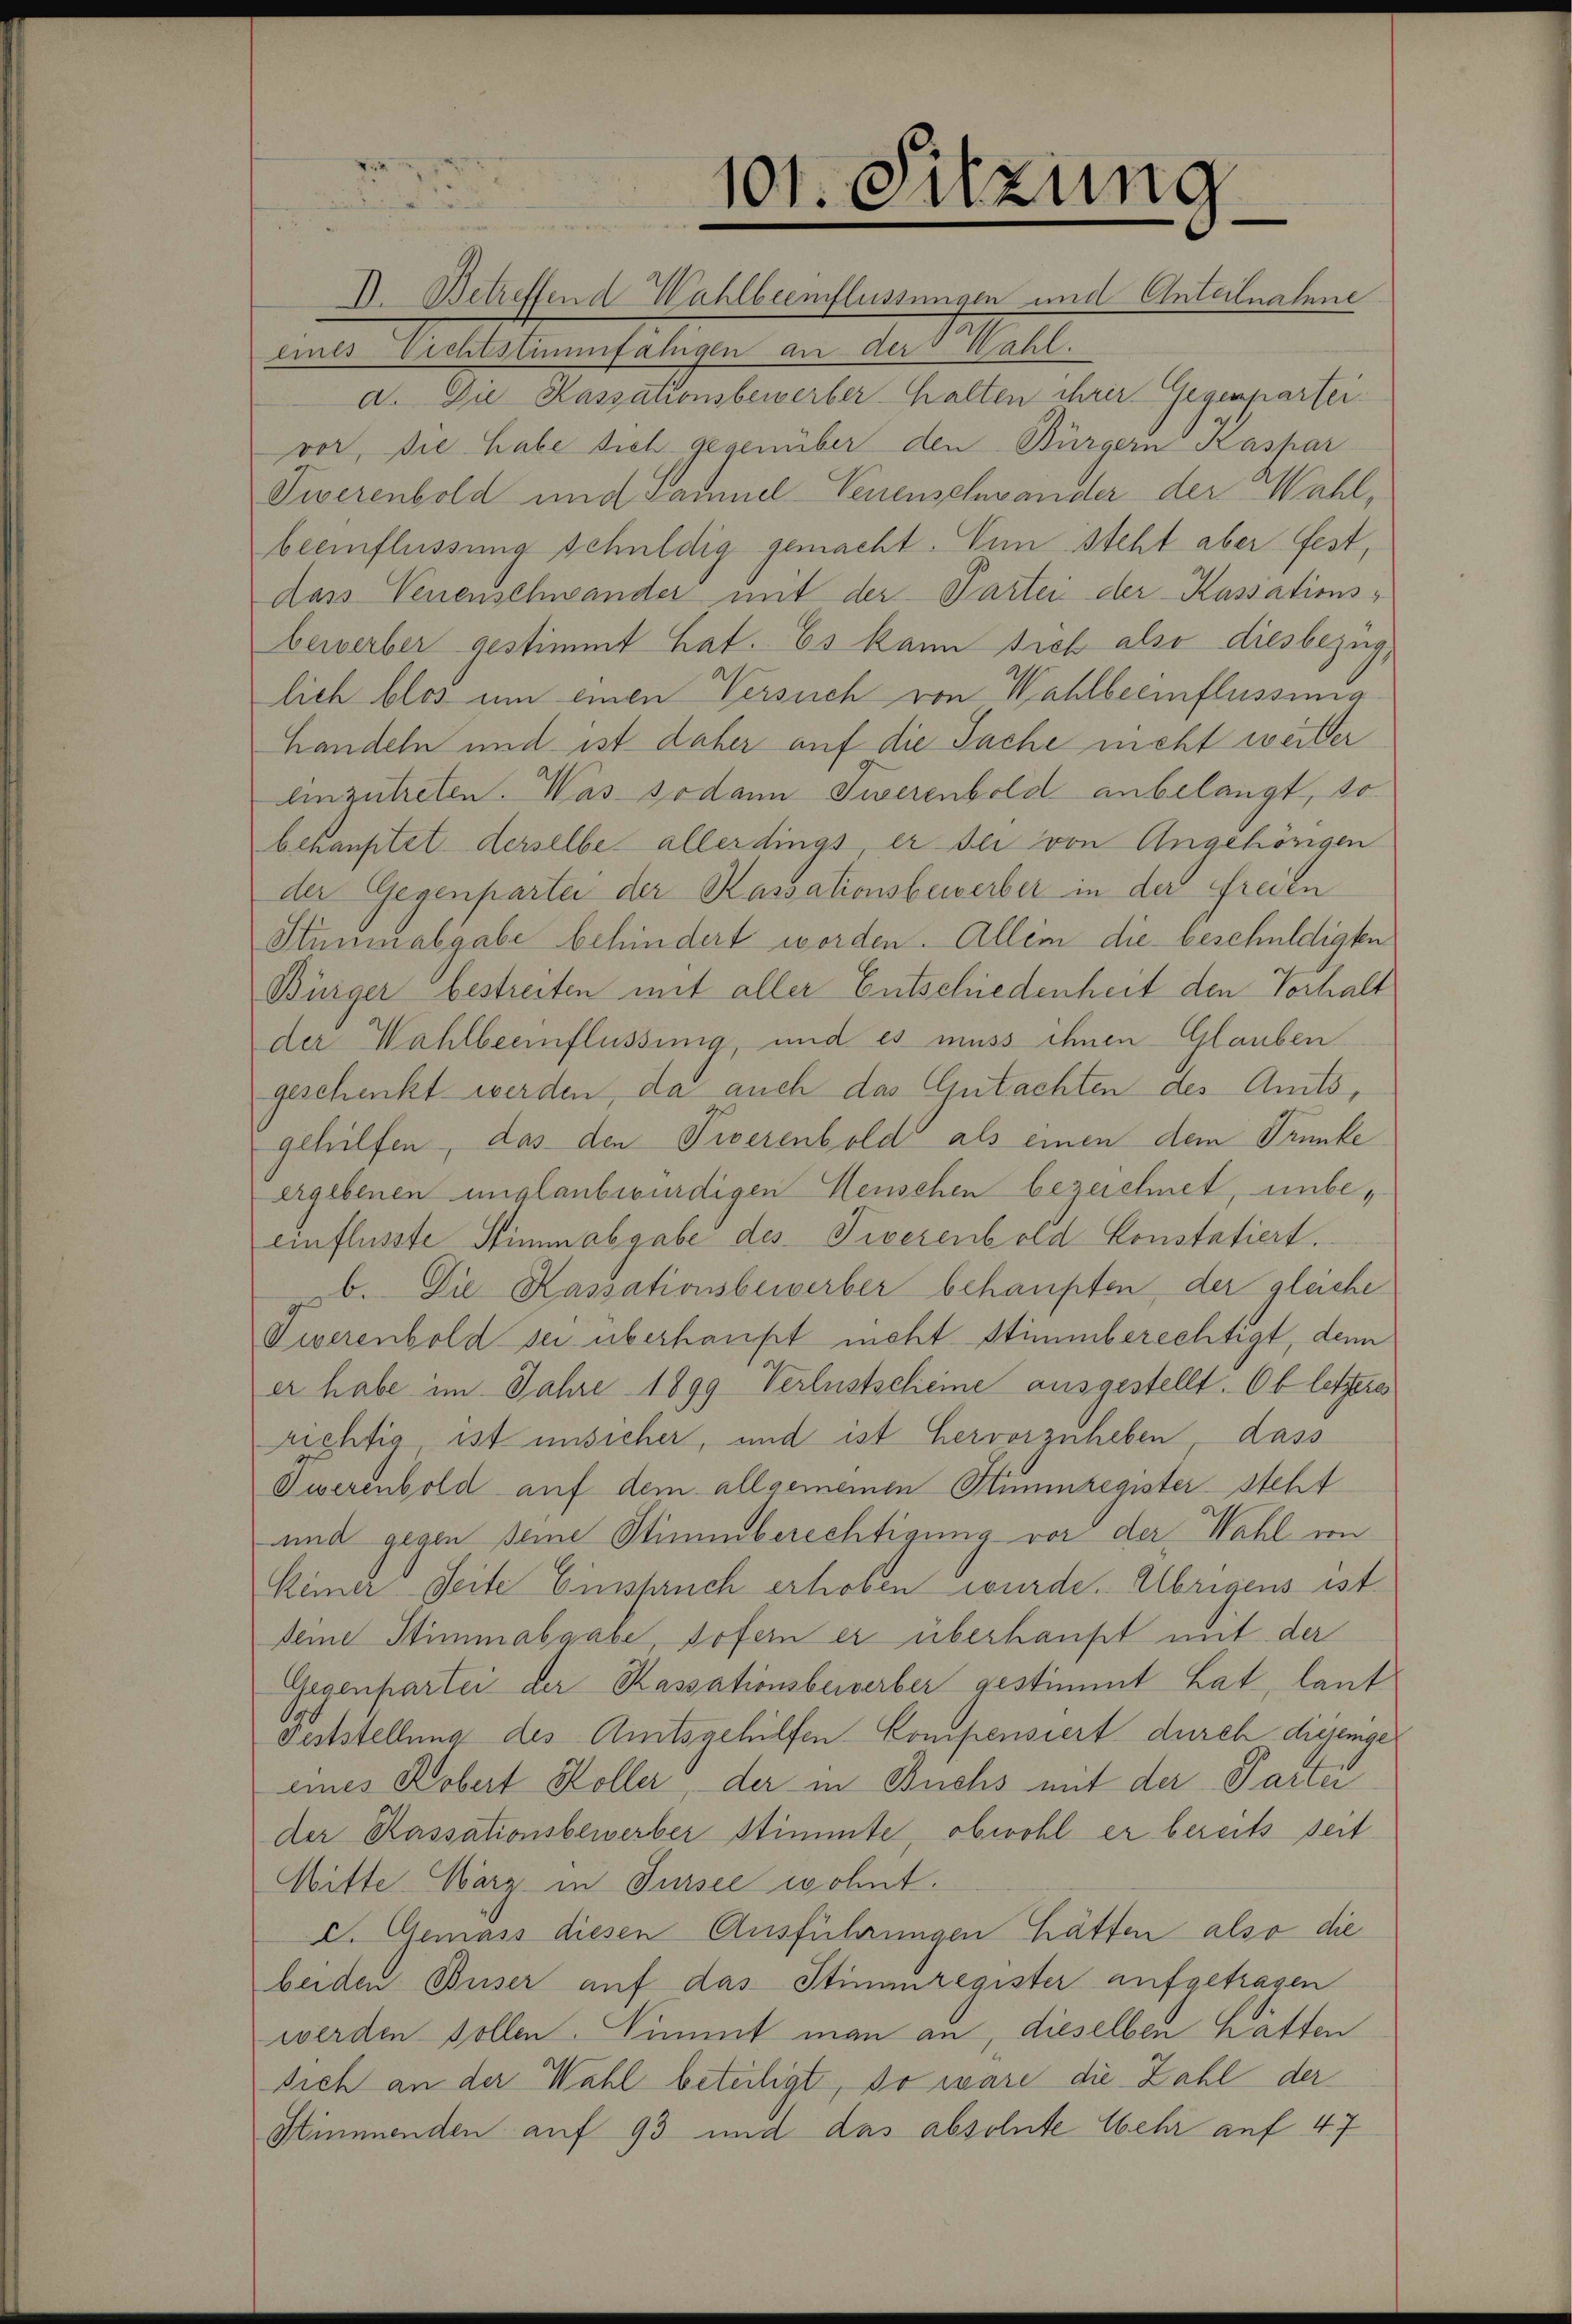
101. Sitzung
e
II. Betreffend Wahlbeeinflüssungen und Anteilnahme

eines Richtstimmfähigen an der Wahl
a. Die Kassationsbewerberhalten ihrer Gegenpartei-
vor, die habe sich gegenüber den Bürgern Kaspar
Tiverenbold und sammel Venenschander der Wahlbeeinflüssung schuldig gemacht. Nun steht aber fest,
dass Venenschwander mit der Partei der Kassationsbewerber gestimmt hat. Es kann sich also diesbezug,
lich blos um einen Versuch von Wahlbeeinflussung
Handeln und ist daher auf die Sache nicht weiter
Einzutreten. Was sodann Twerenbold anbelangt, so
behauptet, derselbe allerdings, er sei von Angehörigen
der Gegenpartei der Kassationsbewerber in der Freien
Stüminalgabe behindert worden. Allein die beschuldigten
Bürger bestreiten mit aller Entschiedenheit den Verhalt
der Wahlbeeinflüssung, und es muss ihnen Glauben
geschenkt werden, da auch das Gutachten des Amtsgehilfen, das den Tierenbold als einen dem Trunke
ergebenen unglaubwürdigen Menschen bezeichnet, unbeeinflusste Stimmabgabe des Tierenbold konstatiert.
b. Die Kassationsbewerber behaupten der gleiche
Tiverenbold sei überhaupt nicht Stimmberechtigt, denn
er habe im Jahre 1899 Verlustscheine ausgestellt. Ob letztere
richtig, ist unsicher, und ist hervorzuheben dass
Twerenbold auf dem allgemeinen Himmregister steht
und gegen seine Stimmberechtigung vor der Wahl von
Keiner Seite Einspruch erhoben wurde. Übrigens ist
Deine Stimmabgabe, sofern er überkauft mit der
Gegenpartei der Kassationsbeiverber gestimmt hat, laut
Feststellung des Amtsgehilfen kompensiert durch diejenige
eines Kobert Koller, der in Buchs mit der Partei
der Passationsbewerber Stimmte, obwohl er bereits seit
Mitte März in Fussee wohnt.
E. Gemäss diesen Ausführungen hätten also die
beiden Buser auf das Stimmregister aufgetragen
werden sollen. Nimmt man an, dieselben hatten
sich an der Wahl beteiligt, so wäre die Zahl der
Stimmenden auf 93 und das absolute Wehr auf 47